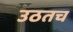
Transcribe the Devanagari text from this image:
उठतच